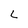
Character: L